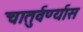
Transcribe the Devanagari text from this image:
चातुर्वर्ण्यास